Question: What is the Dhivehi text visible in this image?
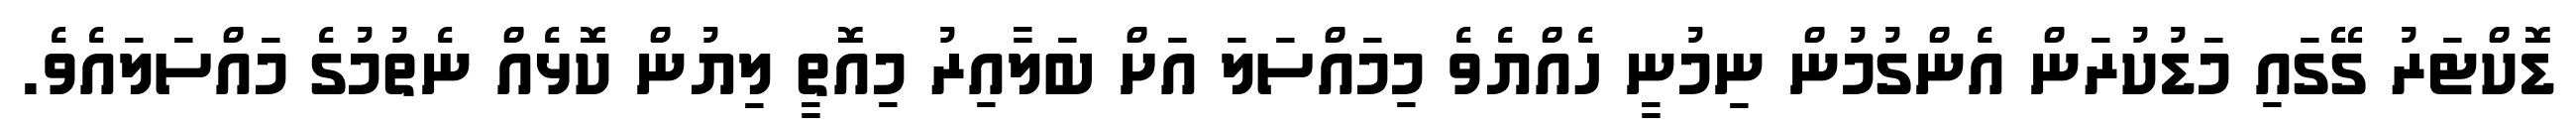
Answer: ޑޮކްޓަރު ގޭގައި މަޑުކުރަން އެންގުމުން ނިމުނީ ހެއްޔެވެ މިމައްސަލަ އަށް ބަލާއިރު މިއޮތީ ލިޔުން ކޮޅެއް ނެތުމުގެ މައްސަލައެވެ.